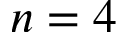
n = 4